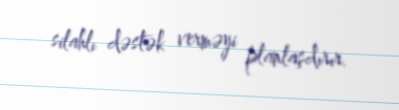
silahlı dəstək verməyi planlaşdırır.